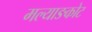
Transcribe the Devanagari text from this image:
मल्याङकोट